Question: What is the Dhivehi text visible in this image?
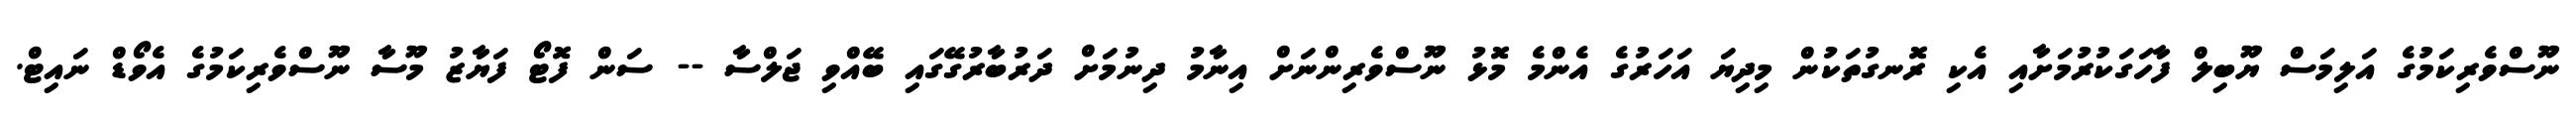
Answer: ނޫސްވެރިކަމުގެ އަލިމަސް ޔޫބިލް ފާހަގަކުރުމަށާއި އެކި ރޮނގުތަކުން މިދިޔަ އަހަރުގެ އެންމެ މޮޅު ނޫސްވެރިންނަށް އިނާމު ދިނުމަށް ދަރުބާރުގޭގައި ބޭއްވި ޖަލްސާ -- ސަން ފޮޓޯ ފަޔާޒު މޫސާ ނޫސްވެރިކަމުގެ އެވޯޑް ނައިޓް.